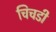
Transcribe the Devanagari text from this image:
चिचडी